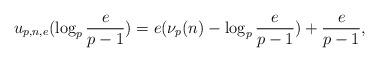
LaTeX: \begin{align*} u_{p,n,e} (\log_p\frac{e}{p-1}) &= e(\nu_p(n) - \log_p \frac{e}{p-1}) + \frac{e}{p-1},\end{align*}